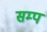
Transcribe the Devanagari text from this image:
सम्प